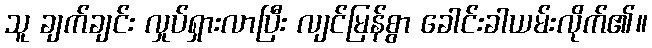
သူ ချက်ချင်း လှုပ်ရှားလာပြီး လျင်မြန်စွာ ခေါင်းခါယမ်းလိုက်၏။